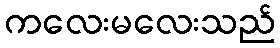
ကလေးမလေးသည်